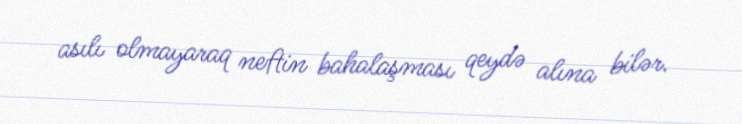
asılı olmayaraq neftin bahalaşması qeydə alına bilər.